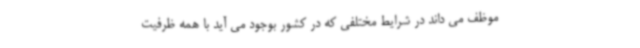
موظف می داند در شرایط مختلفی که در کشور بوجود می آید با همه ظرفیت